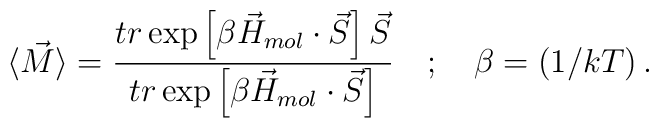
\langle \vec{M}\rangle =\frac{tr\exp\left[ \beta \vec{H}_{mol}\cdot \vec{S}\right]\vec{S}}{ tr\exp \left[ \beta\vec{H}_{mol}\cdot  \vec{S}\right] } \quad;\quad\beta =(1/kT)\, .